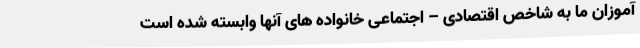
آموزان ما به شاخص اقتصادی – اجتماعی خانواده های آنها وابسته شده است